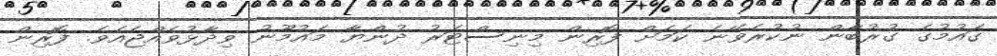
ގައުމުގެ ގުރުބާން ނުކުރެވޭނެ ކަމަށް ފޮރިން މިނިސްޓަރު ދުންޔާ މައުމޫނު ވިދާޅުވެއްޖެއެވެ. ފޮރިން